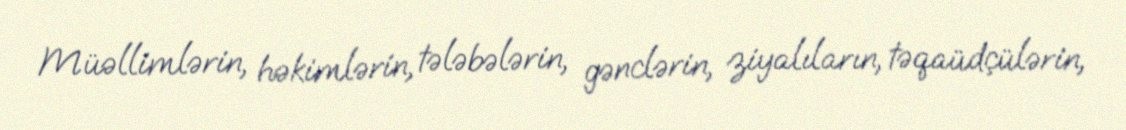
Müəllimlərin, həkimlərin, tələbələrin, gənclərin, ziyalıların, təqaüdçülərin,